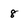
Character: 8